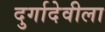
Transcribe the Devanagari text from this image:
दुर्गादेवीला